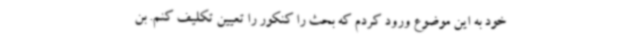
خود به این موضوع ورود کردم که بحث را کنکور را تعیین تکلیف کنم. بن